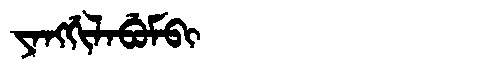
Manchu: ᠶᠠᠩᡤᡳᠯᠠᠪᡠᠮᠪᡳ
Romanization: YANGGILABUMBI